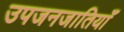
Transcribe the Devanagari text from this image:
उपजनजातियाँ